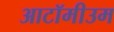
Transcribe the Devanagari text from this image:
आटॉमीउम